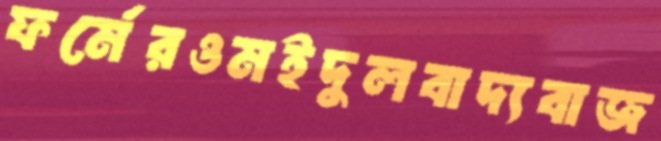
ফর্মেরওমইদুলবাদ্যবাজ